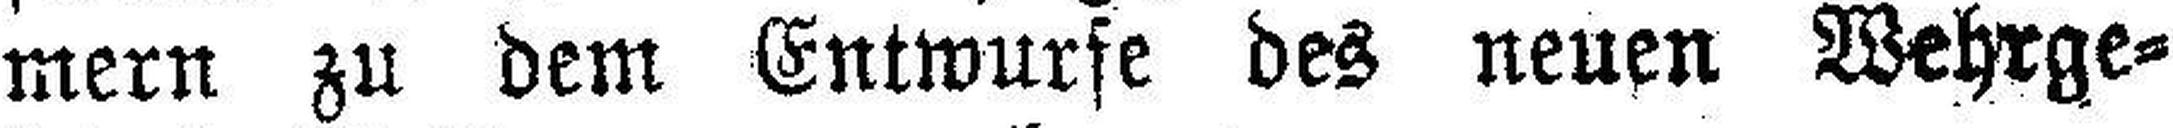
mern zu dem Entwurfe des neuen Wehrge¬